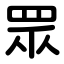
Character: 眾